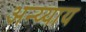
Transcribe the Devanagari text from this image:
अन्य्याय